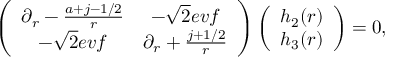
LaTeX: \left( \begin{array} { c c } { { \partial _ { r } - { \frac { a + j - 1 / 2 } { r } } } } & { { - \sqrt { 2 } e v f } } \\ { { - \sqrt { 2 } e v f } } & { { \partial _ { r } + { \frac { j + 1 / 2 } { r } } } } \end{array} \right) \left( \begin{array} { c } { { h _ { 2 } ( r ) } } \\ { { h _ { 3 } ( r ) } } \end{array} \right) = 0 ,